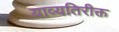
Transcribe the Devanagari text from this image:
याव्यतिरीक्त